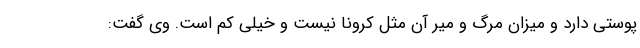
پوستی دارد و میزان مرگ و میر آن مثل کرونا نیست و خیلی کم است. وی گفت: